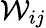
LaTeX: \mathcal{W}_{ij}